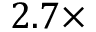
2 . 7 \times